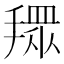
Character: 𢴞